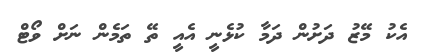
އެކު މޭޒު ދަށުން ދަމާ ކުޅެނީ އެއީ ތޭ ތަމެން ނަށް ވޯޓް